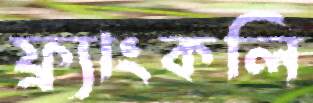
ফ্র্যাংকলি